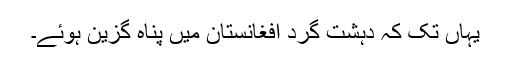
یہاں تک کہ دہشت گرد افغانستان میں پناہ گزین ہوئے۔